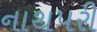
નાથપરી